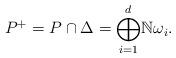
LaTeX: \begin{align*}P^{+}=P\cap\Delta={\bigoplus\limits_{i=1}^{d}}\mathbb{N\omega}_{i}.\end{align*}